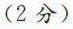
（2分）